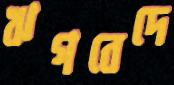
ঋগবেদে